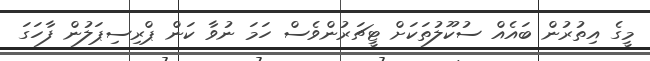
މީގެ އިތުރުން ބައެއް ސުކޫލުތަކަށް ޓީޗަރުންވެސް ހަމަ ނުވާ ކަން ޕްރިސިޕަލުން ފާހަގަ